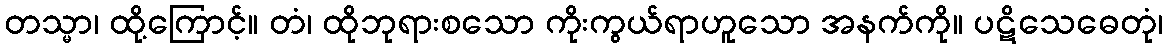
တသ္မာ၊ ထို့ကြောင့်။ တံ၊ ထိုဘုရားစသော ကိုးကွယ်ရာဟူသော အနက်ကို။ ပဋိသေဓေတုံ၊